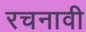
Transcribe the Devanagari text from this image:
रचनावी